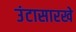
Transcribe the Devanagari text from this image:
उंटासारखे